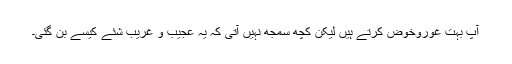
آپ بہت غوروخوض کرتے ہیں لیکن کچھ سمجھ نہیں آتی کہ یہ عجیب و غریب شئے کیسے بن گئی۔